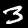
Label: 3